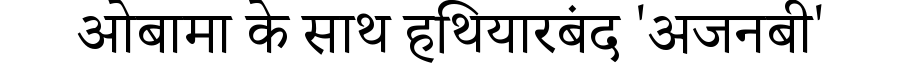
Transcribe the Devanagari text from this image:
ओबामा के साथ हथियारबंद 'अजनबी'